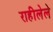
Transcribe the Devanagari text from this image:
राहीलेले